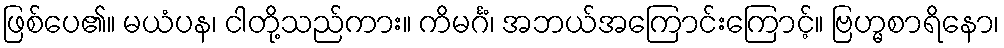
ဖြစ်ပေ၏။ မယံပန၊ ငါတို့သည်ကား။ ကိမင်္ဂံ၊ အဘယ်အကြောင်းကြောင့်။ ဗြဟ္မစာရိနော၊